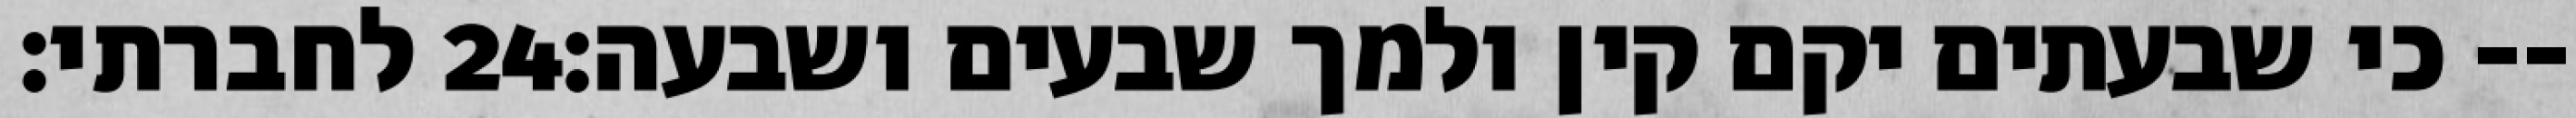
לחברתי׃ ‎24‏ כי שבעתים יקם קין ולמך שבעים ושבעה׃--